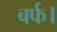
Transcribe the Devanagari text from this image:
बर्फ।